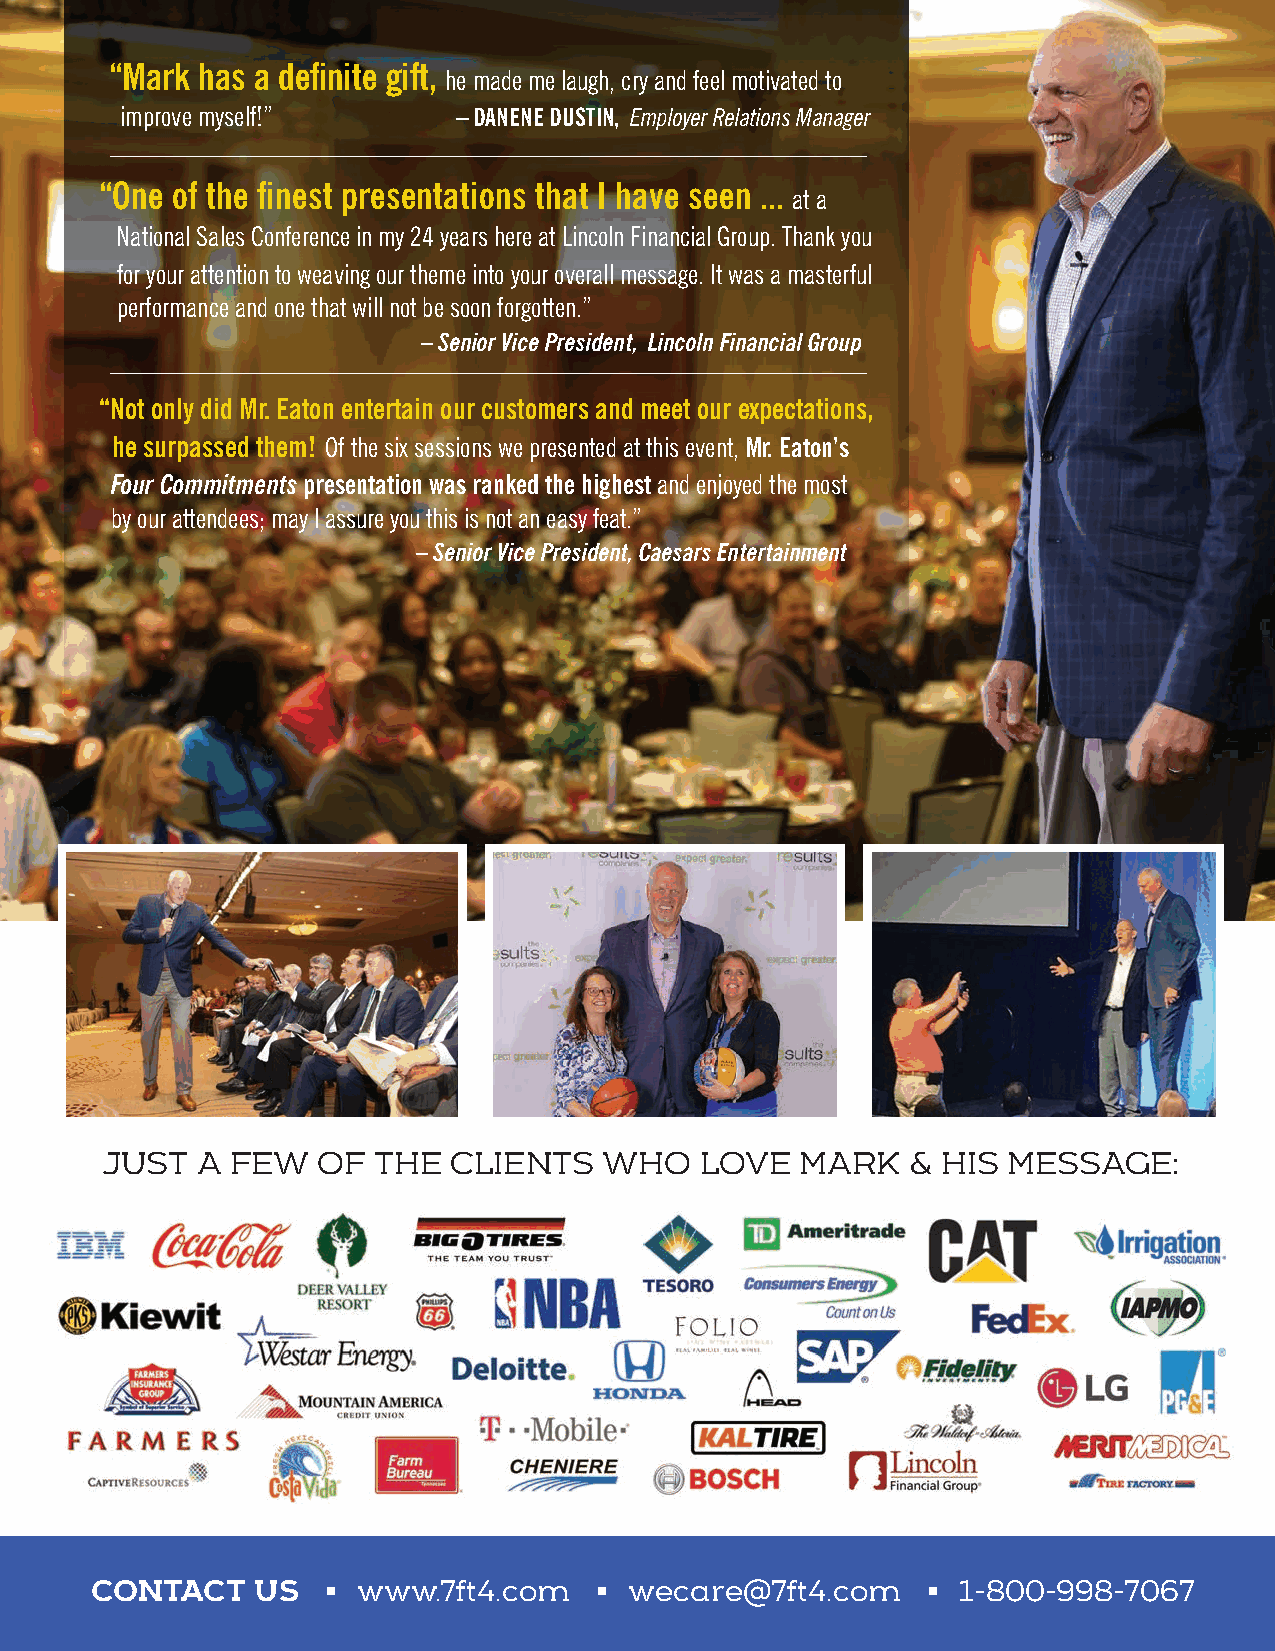
“Mark has a definite gift,
 he made me laugh, cry and feel motivated to
 improve myself!”      – DANENE DUSTIN, Employer Relations Manager
 “One of the finest presentations that I have seen ...
 at a
 National Sales Conference in my 24 years here at Lincoln Financial Group. Thank you
 for your attention to weaving our theme into your overall message. It was a masterful
 performance and one that will not be soon forgotten.”
 – Senior Vice President, Lincoln Financial Group
 “Not only did Mr. Eaton entertain our customers and meet our expectations,
 he surpassed them! Of the six sessions we presented at this event, Mr. Eaton’s
 Four Commitments presentation was ranked the highest and enjoyed the most
 by our attendees; may I assure you this is not an easy feat.”
 – Senior Vice President, Caesars Entertainment
 JUST  A FEW   OF  THE  CLIENTS   WHO   LOVE   MARK   & HIS  MESSAGE:
 •                 •                     •
 CONTACT    US     www.7ft4.com      wecare@7ft4.com       1-800-998-7067